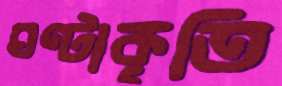
ঘণ্টাকৃতি